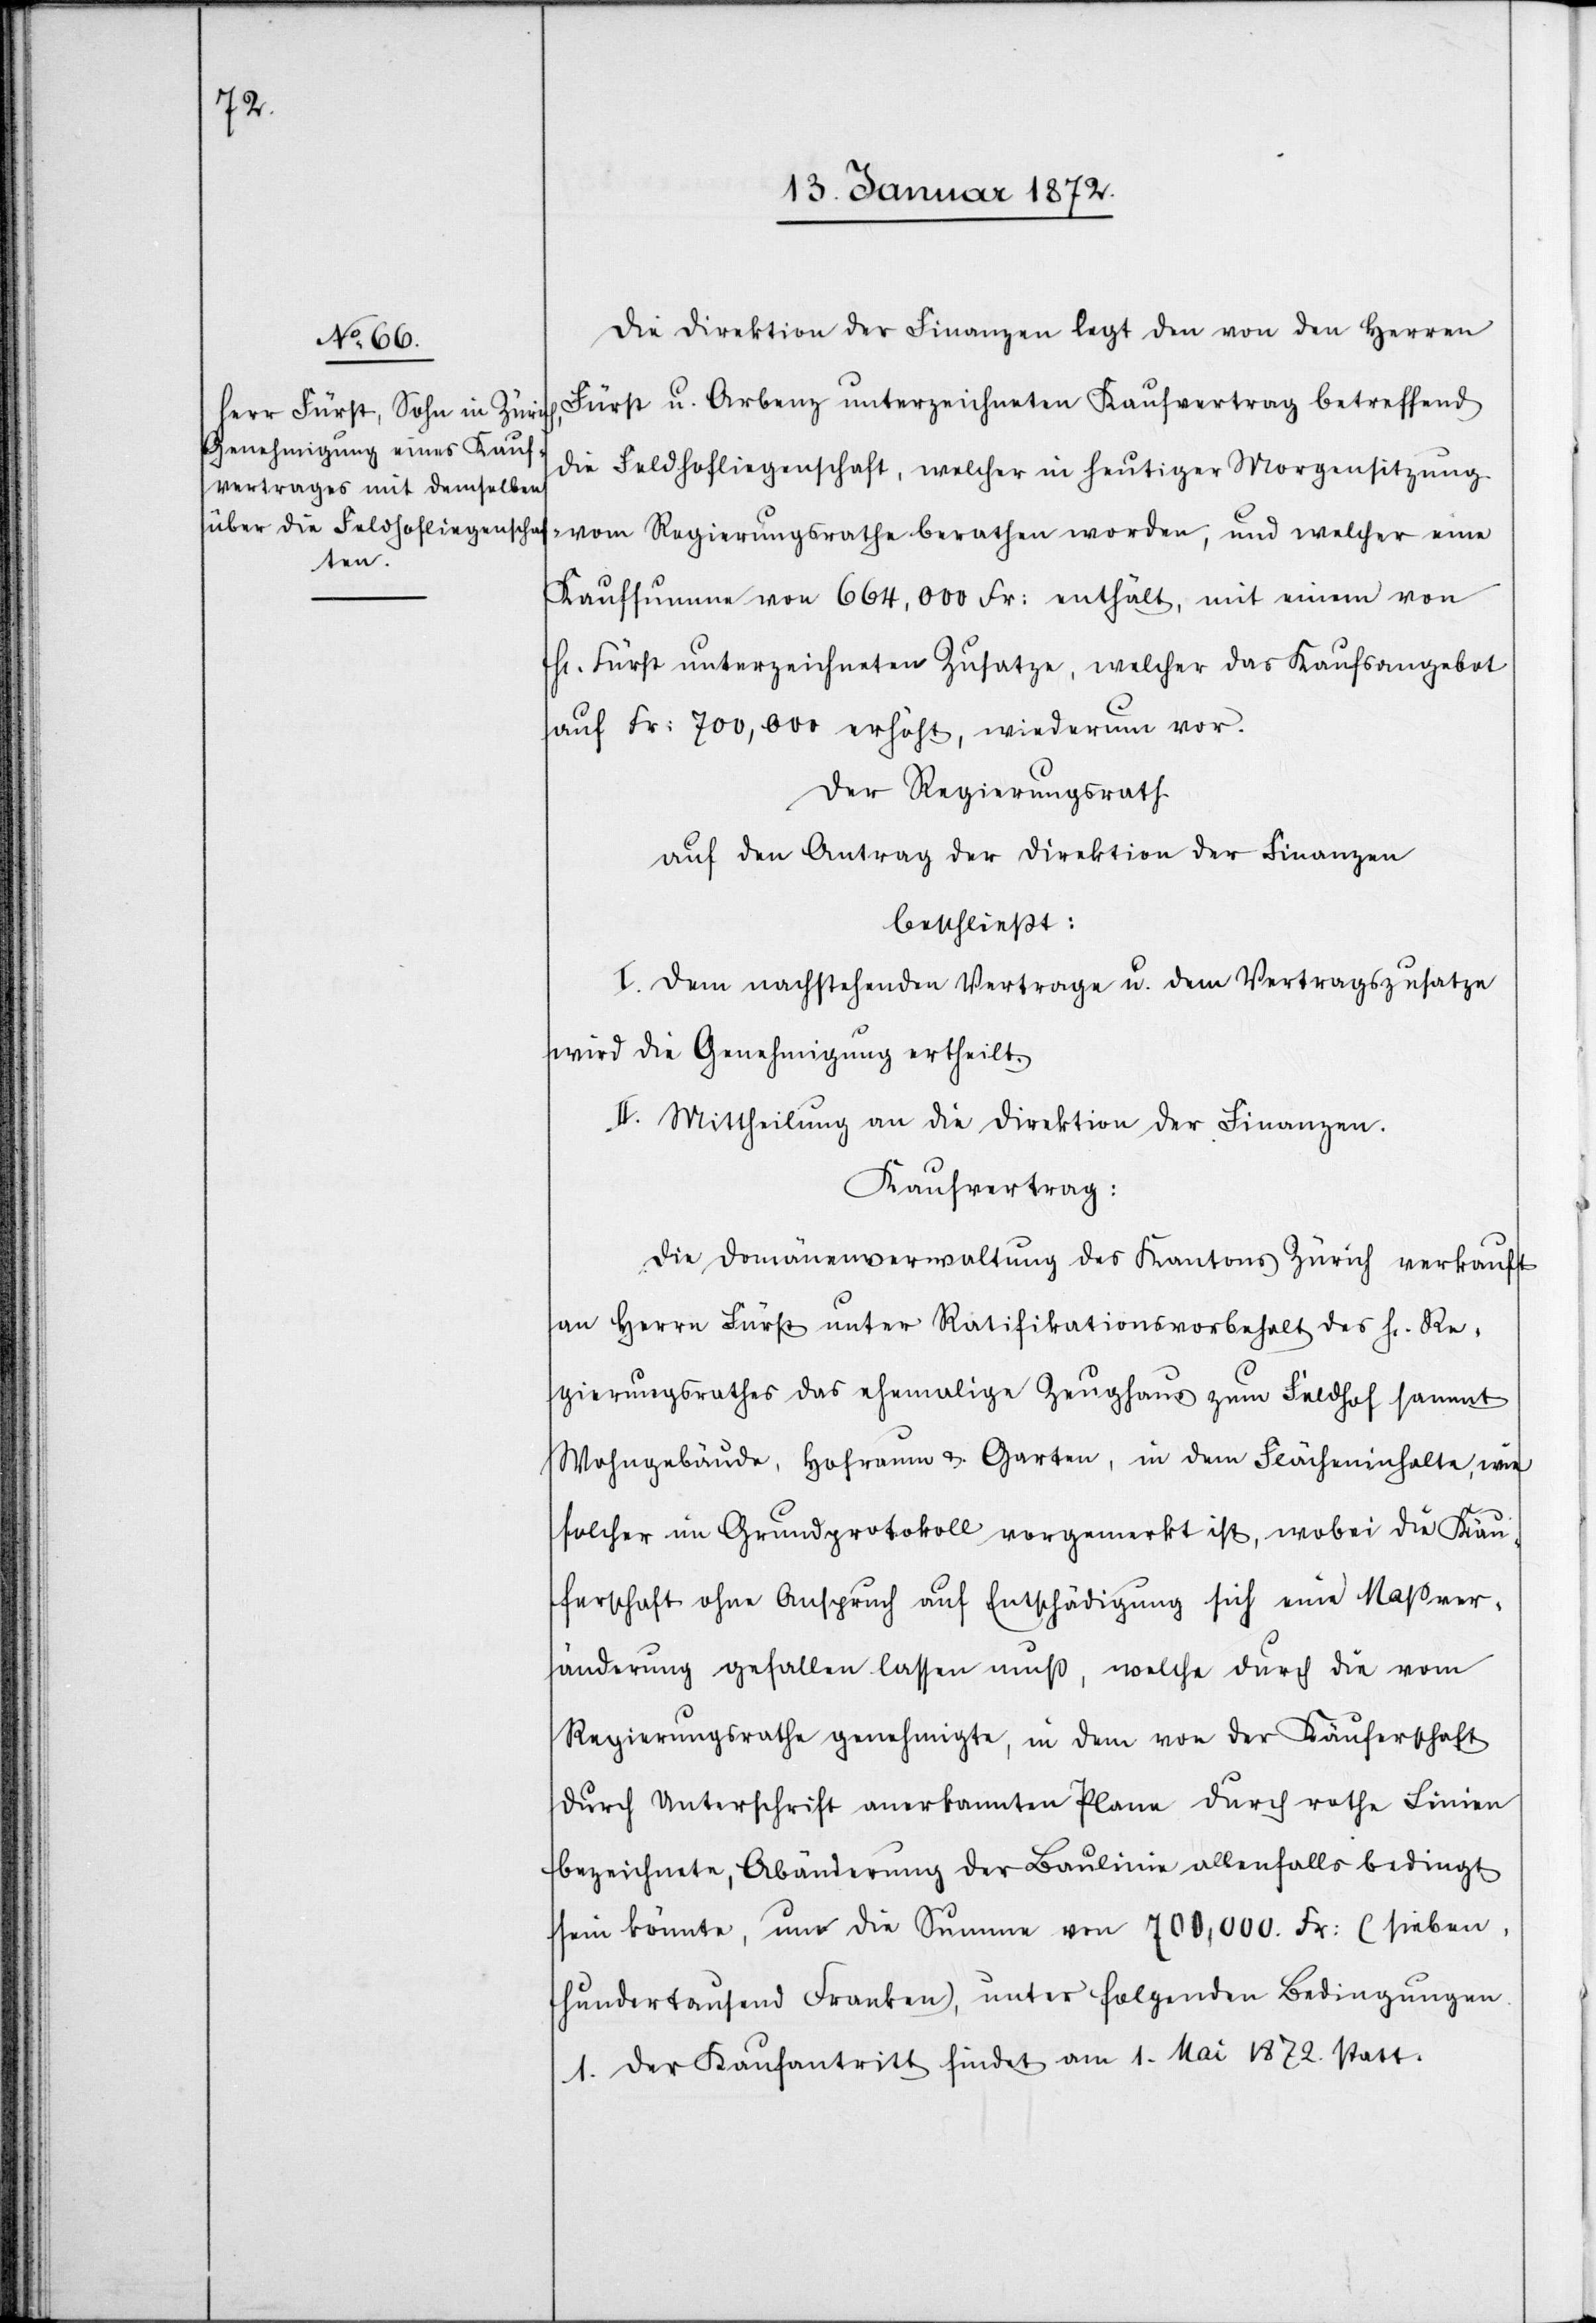
Die Direktion der Finanzen legt den von den Herren
Fürst u. Arbenz unterzeichneten Kaufvertrag betreffend
die Feldhofliegenschaft, welcher in heutiger Morgensitzung
vom Regierungsrathe berathen worden, und welcher eine
Kaufsumme von 664,000 Fr: enthält, mit einem von
H. Fürst unterzeichneten Zusatze, welcher das Kaufsangebot
auf Fr: 700,000 erhöht, wiederum vor.
Der Regierungsrath
auf den Antrag der Direktion der Finanzen
beschließt:
I. Dem nachstehenden Vertrage u. dem Vertragszusatze
wird die Genehmigung ertheilt.
II. Mittheilung an die Direktion der Finanzen.
Kaufvertrag:
Die Domänenverwaltung des Kantons Zürich verkauft
an Herrn Fürst unter Ratifikationsvorbehalt des H. Re¬
gierungsrathes das ehemalige Zeughaus zum Feldhof sammt
Wohngebäude, Hofraum & Garten, in dem Flächeninhalte, wie
solcher im Grundprotokoll vorgemerkt ist, wobei die Käu¬
ferschaft ohne Anspruch auf Entschädigung sich eine Maßver¬
änderung gefallen lassen muß, welche durch die vom
Regierungsrathe genehmigte, in dem von der Käuferschaft
durch Unterschrift anerkannten Plane durch rothe Linien
bezeichnete, Abänderung der Baulinie allenfalls bedingt
sein könnte, um die Summe von 700 000. Fr: (sieben¬
hundertausend Franken), unter folgenden Bedingungen.
1. Der Kaufantritt findet am 1. Mai 1872 statt.